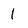
Character: 1